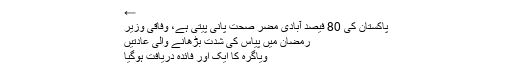
←
پاکستان کی 80 فیصد آبادی مضر صحت پانی پیتی ہے، وفاقی وزیر
رمضان میں پیاس کی شدت بڑھانے والی عادتیں
ویاگرہ کا ایک اور فائدہ دریافت ہوگیا